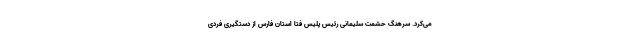
می‌کرد. سرهنگ حشمت سلیمانی رئیس پلیس فتا استان فارس از دستگیری فردی